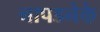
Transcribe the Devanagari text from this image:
नापडनेके